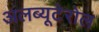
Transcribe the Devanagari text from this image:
अलब्यूटेरोल